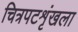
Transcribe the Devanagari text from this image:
चित्रपटशृंखला